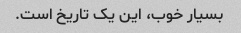
بسیار خوب، این یک تاریخ است.